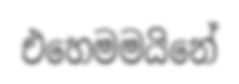
එහෙමමයිනේ